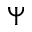
\Psi